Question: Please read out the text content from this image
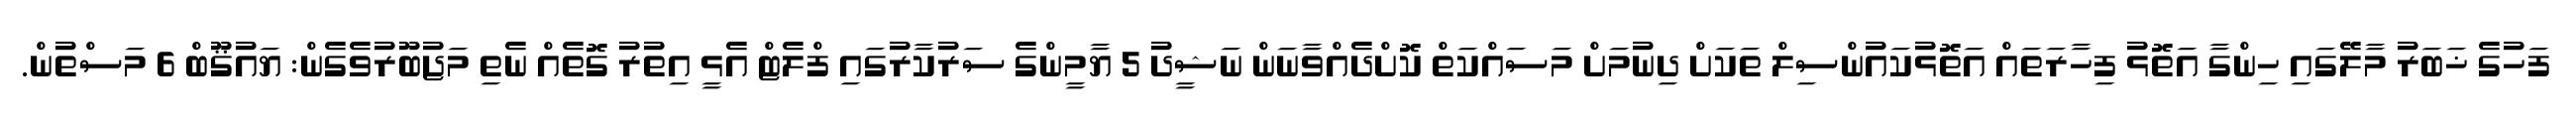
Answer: ފަހުގެ ޚަބަރު މާލޭގައި ހިންގާ އަތޮޅު ފިހާރަތައް އަތޮޅުކައުންސިލް ތަކަށް ދިނުމަށް މަސައްކަތް ކޮށްދެއްވާނަން ނަޝީދު 5 ޔާމީންގެ ސަރުކާރުގައި ފްލެޓް އެޅީ އިތުރު ގޮތެއް ނެތި މަޖުބޫރުވެގެން: ޔައުޤޫބް 6 މަސްތުން.